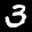
Label: 3